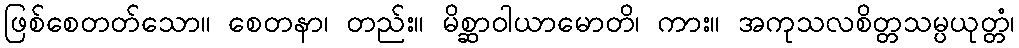
ဖြစ်စေတတ်သော။ စေတနာ၊ တည်း။ မိစ္ဆာဝါယာမောတိ၊ ကား။ အကုသလစိတ္တသမ္ပယုတ္တံ၊